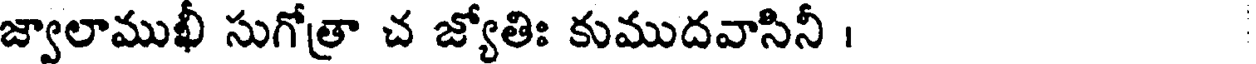
జ్వాలాముఖీ సుగోత్రా చ జ్యోతిః కుముదవాసినీ ।